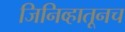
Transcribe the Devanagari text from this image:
जिनिव्हातूनच